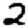
Digit: 2